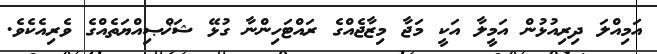
އަމިއްލަ ދިރިއުޅުން އަމީލާ އަކީ މަޖާ މިޒާޖެއްގެ ރައްޓަހިންނާ ގުޅޭ ޝަޚްޞިއްޔަތެއްގެ ވެރިއެކެވެ.